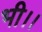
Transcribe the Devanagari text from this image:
भी।।